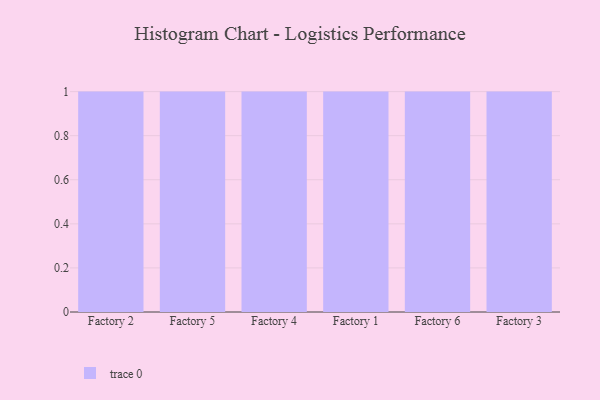
{"axis": {"x": "Factory", "y": "Latency (ms)"}, "legend": [""], "data": [{"x": "Factory 2", "y": 67, "type": ""}, {"x": "Factory 5", "y": 52, "type": ""}, {"x": "Factory 4", "y": 15, "type": ""}, {"x": "Factory 1", "y": 59, "type": ""}, {"x": "Factory 6", "y": 69, "type": ""}, {"x": "Factory 3", "y": 19, "type": ""}]}